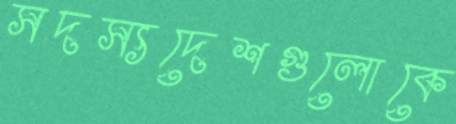
সদস্যদেশগুলোকে